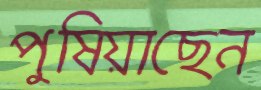
পুষিয়াছেন